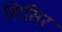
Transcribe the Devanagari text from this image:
सिसिर